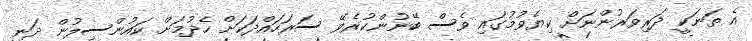
އެ ތަނަކީ ދަރިވަރުންނަށް ކިޔެވުމުގައި ވެސް ބޭނުންކުރެވޭ ސަރަހައްދަކަށް ހެދުމަށް ކައުންސިލުން ދަނީ